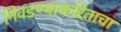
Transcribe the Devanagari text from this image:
निवडण्याकरिताचा